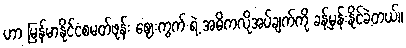
ဟာ မြန်မာနိုင်ငံစမတ်ဖုန်း ဈေးကွက် ရဲ့ အဓိကလိုအပ်ချက်ကို ခန့်မှန်းနိုင်ခဲ့တယ်။